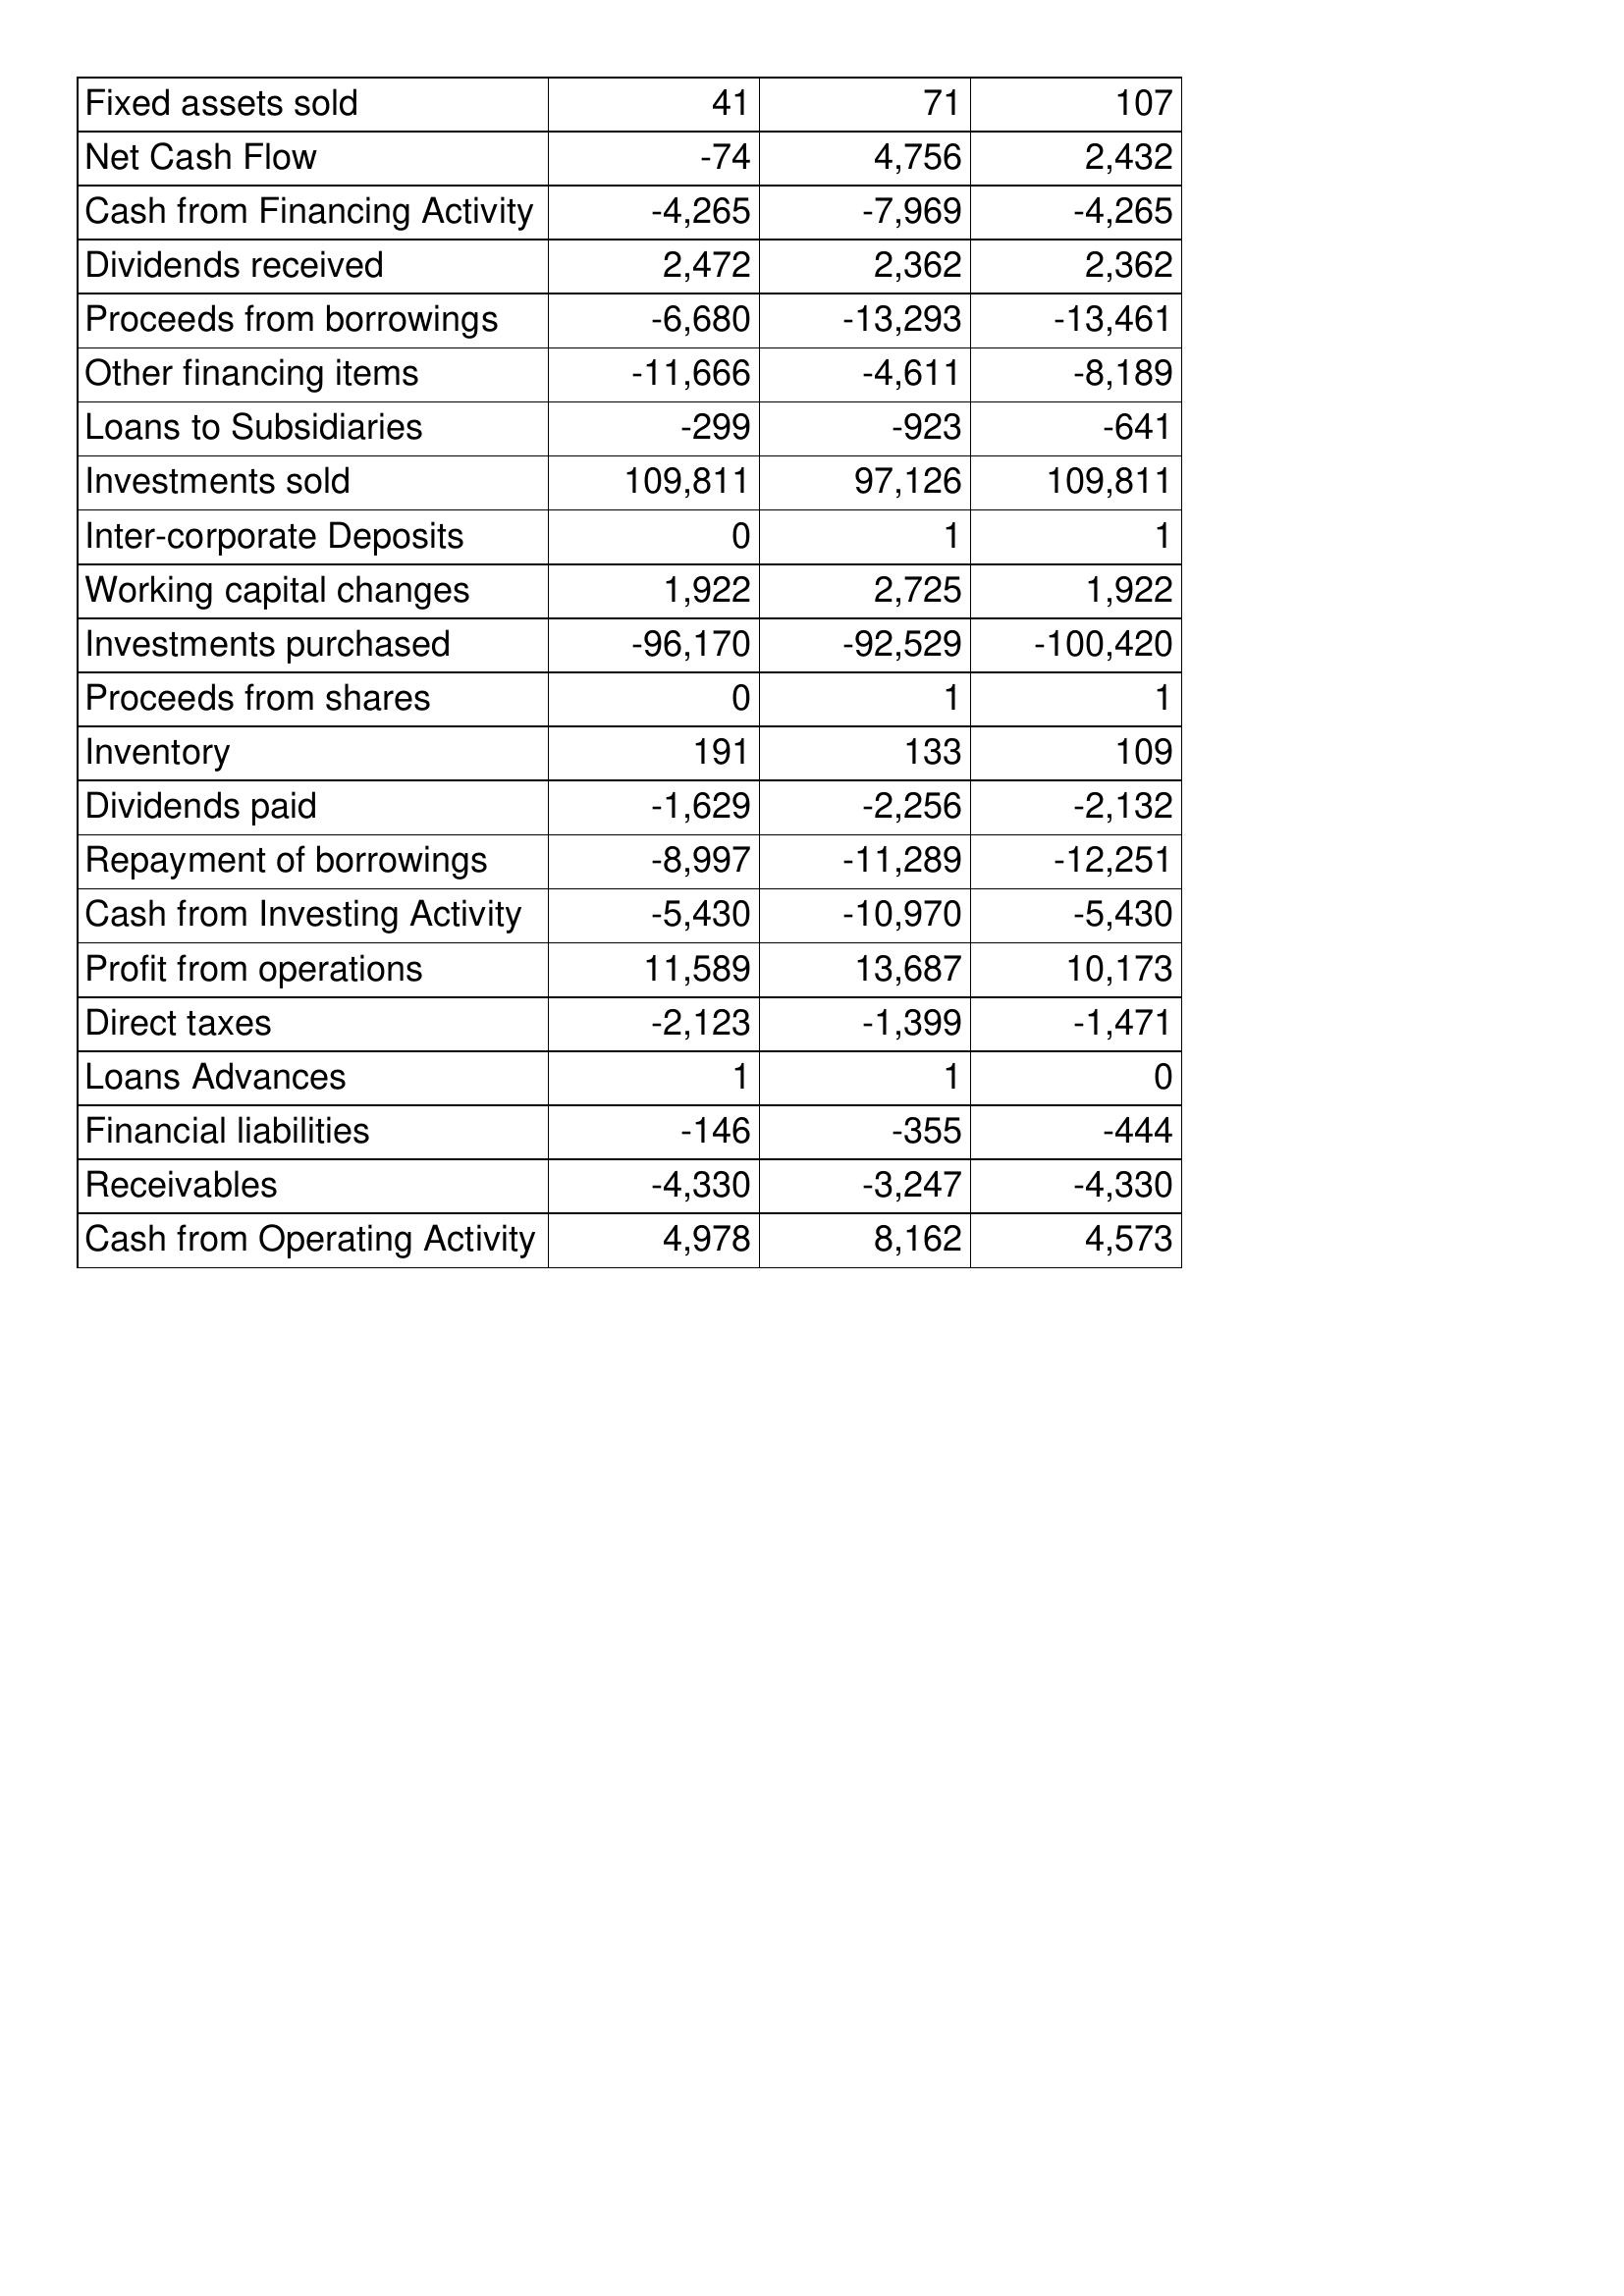
Feb-09: Cash Flows: Fixed assets sold: 41
Net Cash Flow: -74
Cash from Financing Activity: -4,265
Dividends received: 2,472
Proceeds from borrowings: -6,680
Other financing items: -11,666
Loans to Subsidiaries: -299
Investments sold: 109,811
Inter-corporate Deposits: 0
Working capital changes: 1,922
Investments purchased: -96,170
Proceeds from shares: 0
Inventory: 191
Dividends paid: -1,629
Repayment of borrowings: -8,997
Cash from Investing Activity: -5,430
Profit from operations: 11,589
Direct taxes: -2,123
Loans Advances: 1
Financial liabilities: -146
Receivables: -4,330
Cash from Operating Activity: 4,978
Feb-08: Cash Flows: Fixed assets sold: 71
Net Cash Flow: 4,756
Cash from Financing Activity: -7,969
Dividends received: 2,362
Proceeds from borrowings: -13,293
Other financing items: -4,611
Loans to Subsidiaries: -923
Investments sold: 97,126
Inter-corporate Deposits: 1
Working capital changes: 2,725
Investments purchased: -92,529
Proceeds from shares: 1
Inventory: 133
Dividends paid: -2,256
Repayment of borrowings: -11,289
Cash from Investing Activity: -10,970
Profit from operations: 13,687
Direct taxes: -1,399
Loans Advances: 1
Financial liabilities: -355
Receivables: -3,247
Cash from Operating Activity: 8,162
Feb-07: Cash Flows: Fixed assets sold: 107
Net Cash Flow: 2,432
Cash from Financing Activity: -4,265
Dividends received: 2,362
Proceeds from borrowings: -13,461
Other financing items: -8,189
Loans to Subsidiaries: -641
Investments sold: 109,811
Inter-corporate Deposits: 1
Working capital changes: 1,922
Investments purchased: -100,420
Proceeds from shares: 1
Inventory: 109
Dividends paid: -2,132
Repayment of borrowings: -12,251
Cash from Investing Activity: -5,430
Profit from operations: 10,173
Direct taxes: -1,471
Loans Advances: 0
Financial liabilities: -444
Receivables: -4,330
Cash from Operating Activity: 4,573